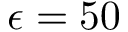
\epsilon = 5 0